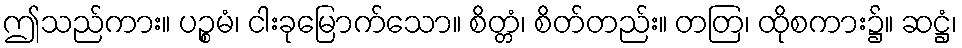
ဤသည်ကား။ ပဉ္စမံ၊ ငါးခုမြောက်သော။ စိတ္တံ၊ စိတ်တည်း။ တတြ၊ ထိုစကား၌။ ဆဋ္ဌံ၊